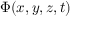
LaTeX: \Phi ( x , y , z , t )